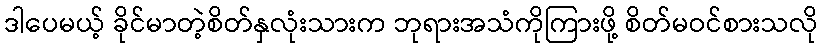
ဒါပေမယ့် ခိုင်မာတဲ့စိတ်နှလုံးသားက ဘုရားအသံကိုကြားဖို့ စိတ်မဝင်စားသလို